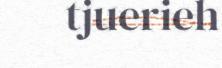
tjuerieh